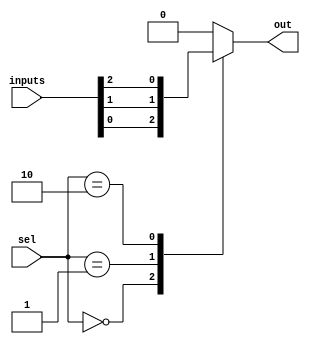
// 3 input Mux

module Mux3(
    input [2:0] inputs,
    input [1:0] sel,
    output reg out
    );

    always @(*) begin
        case (sel)
            2'b00:
                out = inputs[0];
            2'b01:
                out = inputs[1];
            2'b10:
                out = inputs[2];
            default:
                out = 1'b0;
        endcase
    end

endmodule